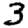
Digit: 3